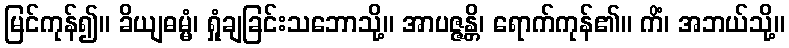
မြင်ကုန်၍။ ခိယျဓမ္မံ၊ ရှုံချခြင်းသဘောသို့။ အာပဇ္ဇန္တိ၊ ရောက်ကုန်၏။ ကိံ၊ အဘယ်သို့။